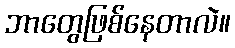
ဘာတွေဖြစ်နေတာလဲ။